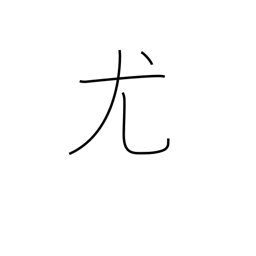
Meaning: natural